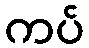
ကပ်